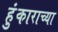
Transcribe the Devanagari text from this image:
हुंकाराच्या